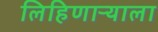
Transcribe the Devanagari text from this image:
लिहिणाऱ्याला